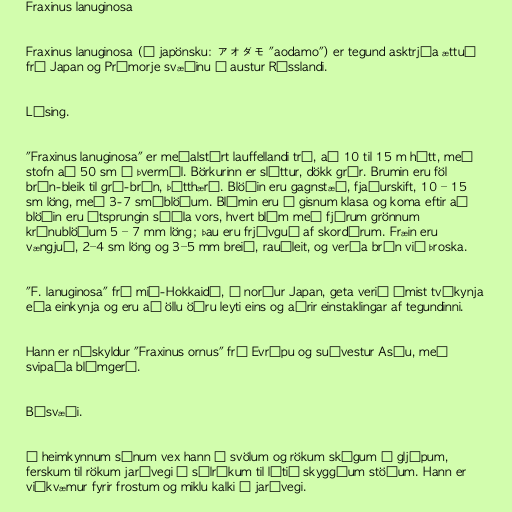
Fraxinus lanuginosa

Fraxinus lanuginosa (á japönsku: アオダモ "aodamo") er tegund asktrjáa ættuð
frá Japan og Prímorje svæðinu í austur Rússlandi.

Lýsing.

"Fraxinus lanuginosa" er meðalstórt lauffellandi tré, að 10 til 15 m hátt, með
stofn að 50 sm í þvermál. Börkurinn er sléttur, dökk grár. Brumin eru föl
brún-bleik til grá-brún, þétthærð. Blöðin eru gagnstæð, fjaðurskift, 10 – 15
sm löng, með 3-7 smáblöðum. Blómin eru í gisnum klasa og koma eftir að
blöðin eru útsprungin síðla vors, hvert blóm með fjórum grönnum
krónublöðum 5 – 7 mm löng; þau eru frjóvguð af skordýrum. Fræin eru
vængjuð, 2–4 sm löng og 3–5 mm breið, rauðleit, og verða brún við þroska.

"F. lanuginosa" frá mið-Hokkaidō, í norður Japan, geta verið ýmist tvíkynja
eða einkynja og eru að öllu öðru leyti eins og aðrir einstaklingar af tegundinni.

Hann er náskyldur "Fraxinus ornus" frá Evrópu og suðvestur Asíu, með
svipaða blómgerð.

Búsvæði.

Í heimkynnum sínum vex hann í svölum og rökum skógum á gljúpum,
ferskum til rökum jarðvegi á sólríkum til lítið skyggðum stöðum. Hann er
viðkvæmur fyrir frostum og miklu kalki í jarðvegi.